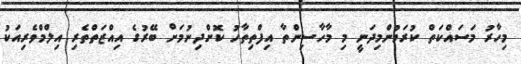
މިހާރު މަސައްކަތް ކުރަމުންމިދަނީ މި މާހާސިންތާ އިފްތިތާހު ކޮށްދިނުމަށް ބޭރުގެ އިއްޒަތްތެރި އިލްމްވެރިއަކު